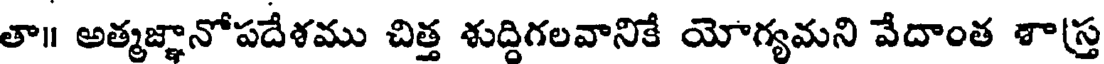
తా॥ అత్మజ్ఞానోపదేశము చిత్త శుద్దిగలవానికే యోగ్యమని వేదాంత శా(స్త